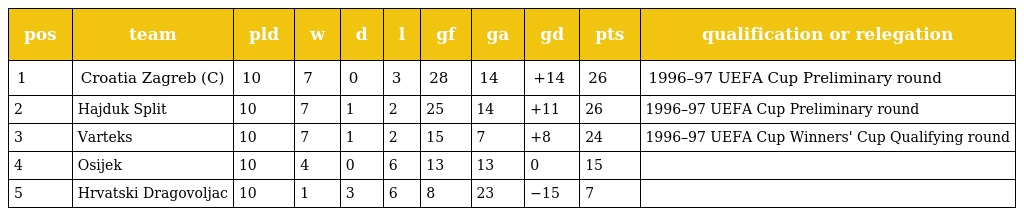
| pos | team | pld | w | d | l | gf | ga | gd | pts | qualification or relegation |
 | --- | --- | --- | --- | --- | --- | --- | --- | --- | --- | --- |
 | 1 | Croatia Zagreb (C) | 10 | 7 | 0 | 3 | 28 | 14 | +14 | 26 | 1996–97 UEFA Cup Preliminary round |
 | 2 | Hajduk Split | 10 | 7 | 1 | 2 | 25 | 14 | +11 | 26 | 1996–97 UEFA Cup Preliminary round |
 | 3 | Varteks | 10 | 7 | 1 | 2 | 15 | 7 | +8 | 24 | 1996–97 UEFA Cup Winners' Cup Qualifying round |
 | 4 | Osijek | 10 | 4 | 0 | 6 | 13 | 13 | 0 | 15 |  |
 | 5 | Hrvatski Dragovoljac | 10 | 1 | 3 | 6 | 8 | 23 | −15 | 7 |  |